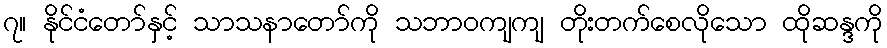
၇။ နိုင်ငံတော်နှင့် သာသနာတော်ကို သဘာဝကျကျ တိုးတက်စေလိုသော ထိုဆန္ဒကို